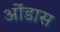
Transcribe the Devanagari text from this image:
ओंडास